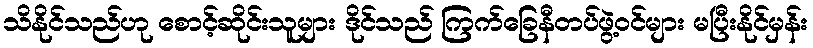
သိနိုင်သည်ဟု စောင့်ဆိုင်းသူများ ဒိုင်သည် ကြက်ခြေနီတပ်ဖွဲ့ဝင်များ မပြီးနိုင်မှန်း